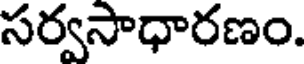
సర్వసాధారణం.